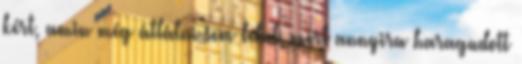
kért, amin még átlátni sem lehet, mert annyira haragudott